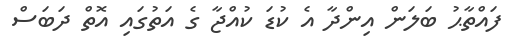
ފައްތާޙު ބަލަން އިންދާ އެ ކުޑަ ކުއްޖާ ގެ އަތުގައި އޮތް ދަބަސް